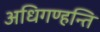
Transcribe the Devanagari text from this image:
अधिगण्हन्ति